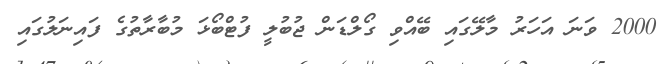
2000 ވަނަ އަހަރު މާލޭގައި ބޭއްވި ގޯލްޑަން ޖުބުލީ ފުޓްބޯޅަ މުބާރާތުގެ ފައިނަލުގައި